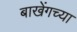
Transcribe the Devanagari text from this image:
बाखेंगच्या